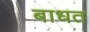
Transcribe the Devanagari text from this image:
बाधत